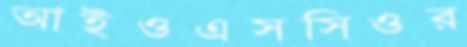
আইওএসসিওর